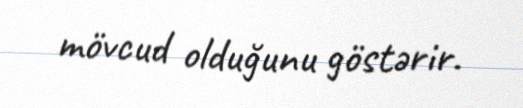
mövcud olduğunu göstərir.